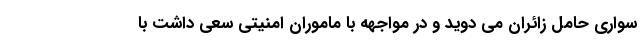
سواری حامل زائران می دوید و در مواجهه با ماموران امنیتی سعی داشت با